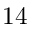
1 4